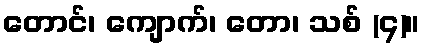
တောင်၊ ကျောက်၊ တော၊ သစ် (၄)။